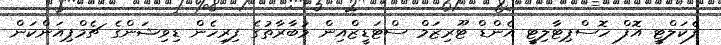
ފެކަލްޓީ އޮފް ހޮސްޕިޓާލިޓީ އެންޑް ޓޫރިޒަމް ސްޓަޑީޒްއިން މުބާރާތުގެ ފިރިހެން ޑިވިޝަންގެ ޗެމްޕިއަންކަން